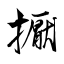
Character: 擫